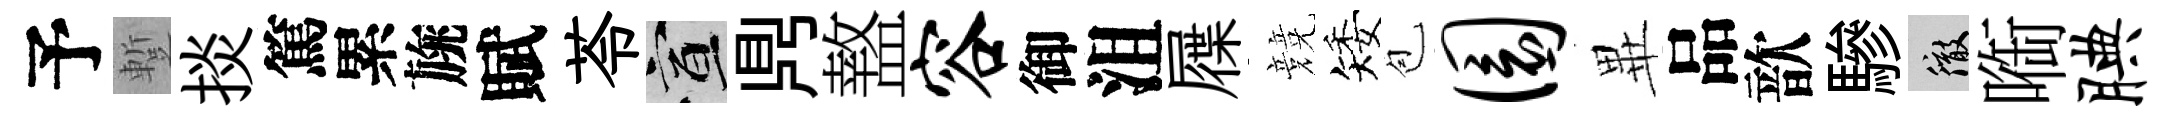
予蹔掞篤累旐賦苓宣𪔂盩容御沮屧競矮苞圜𭺾品歆驂徹㗸腆